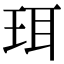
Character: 珥